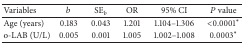
| Variables | b | SEb | OR | 95% CI | P value |
 | --- | --- | --- | --- | --- | --- |
 | Age (years) | 0.183 | 0.043 | 1.201 | 1.104–1.306 | <0.0001∗ |
 | o-LAB (U/L) | 0.005 | 0.001 | 1.005 | 1.002–1.008 | 0.0003∗ |